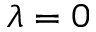
\lambda = 0